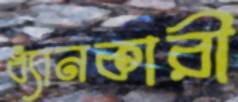
ধ্যানকারী